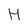
Character: H